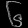
Digit: ၆